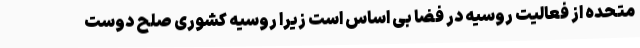
متحده از فعالیت روسیه در فضا بی اساس است زیرا روسیه کشوری صلح دوست